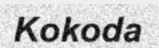
Kokoda